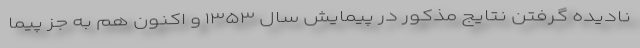
نادیده گرفتن نتایج مذکور در پیمایش سال ۱۳۵۳ و اکنون هم به جز پیما